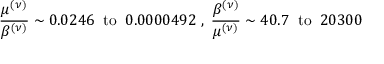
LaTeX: \frac { \mu ^ { ( \nu ) } } { \beta ^ { ( \nu ) } } \sim 0 . 0 2 4 6 \; \; \mathrm { t o } \; \; 0 . 0 0 0 0 4 9 2 \; , \; \frac { \beta ^ { ( \nu ) } } { \mu ^ { ( \nu ) } } \sim 4 0 . 7 \; \; \mathrm { t o } \; \; 2 0 3 0 0